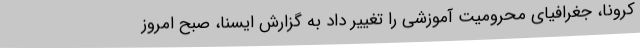
کرونا، جغرافیای محرومیت آموزشی را تغییر داد به گزارش ایسنا، صبح امروز